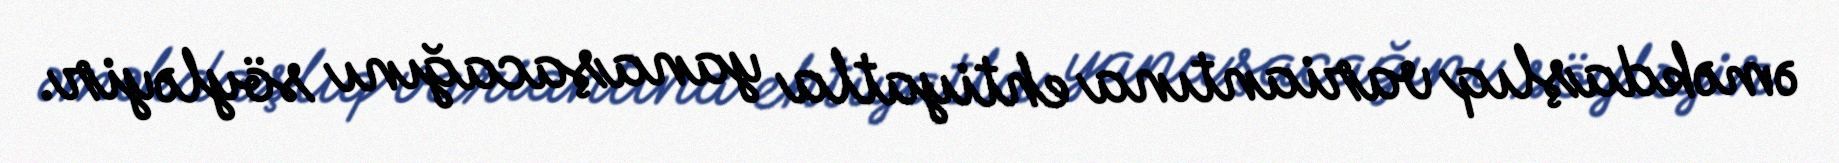
əməkdaşlıq variantına ehtiyatla yanaşacağını söyləyir.